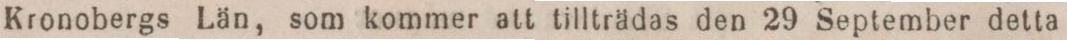
Kronobergs Län, som kommer att tillträdas den 29 September detta